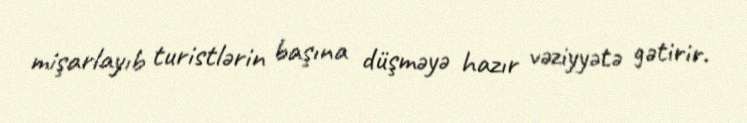
mişarlayıb turistlərin başına düşməyə hazır vəziyyətə gətirir.